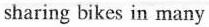
sharing bikes in many